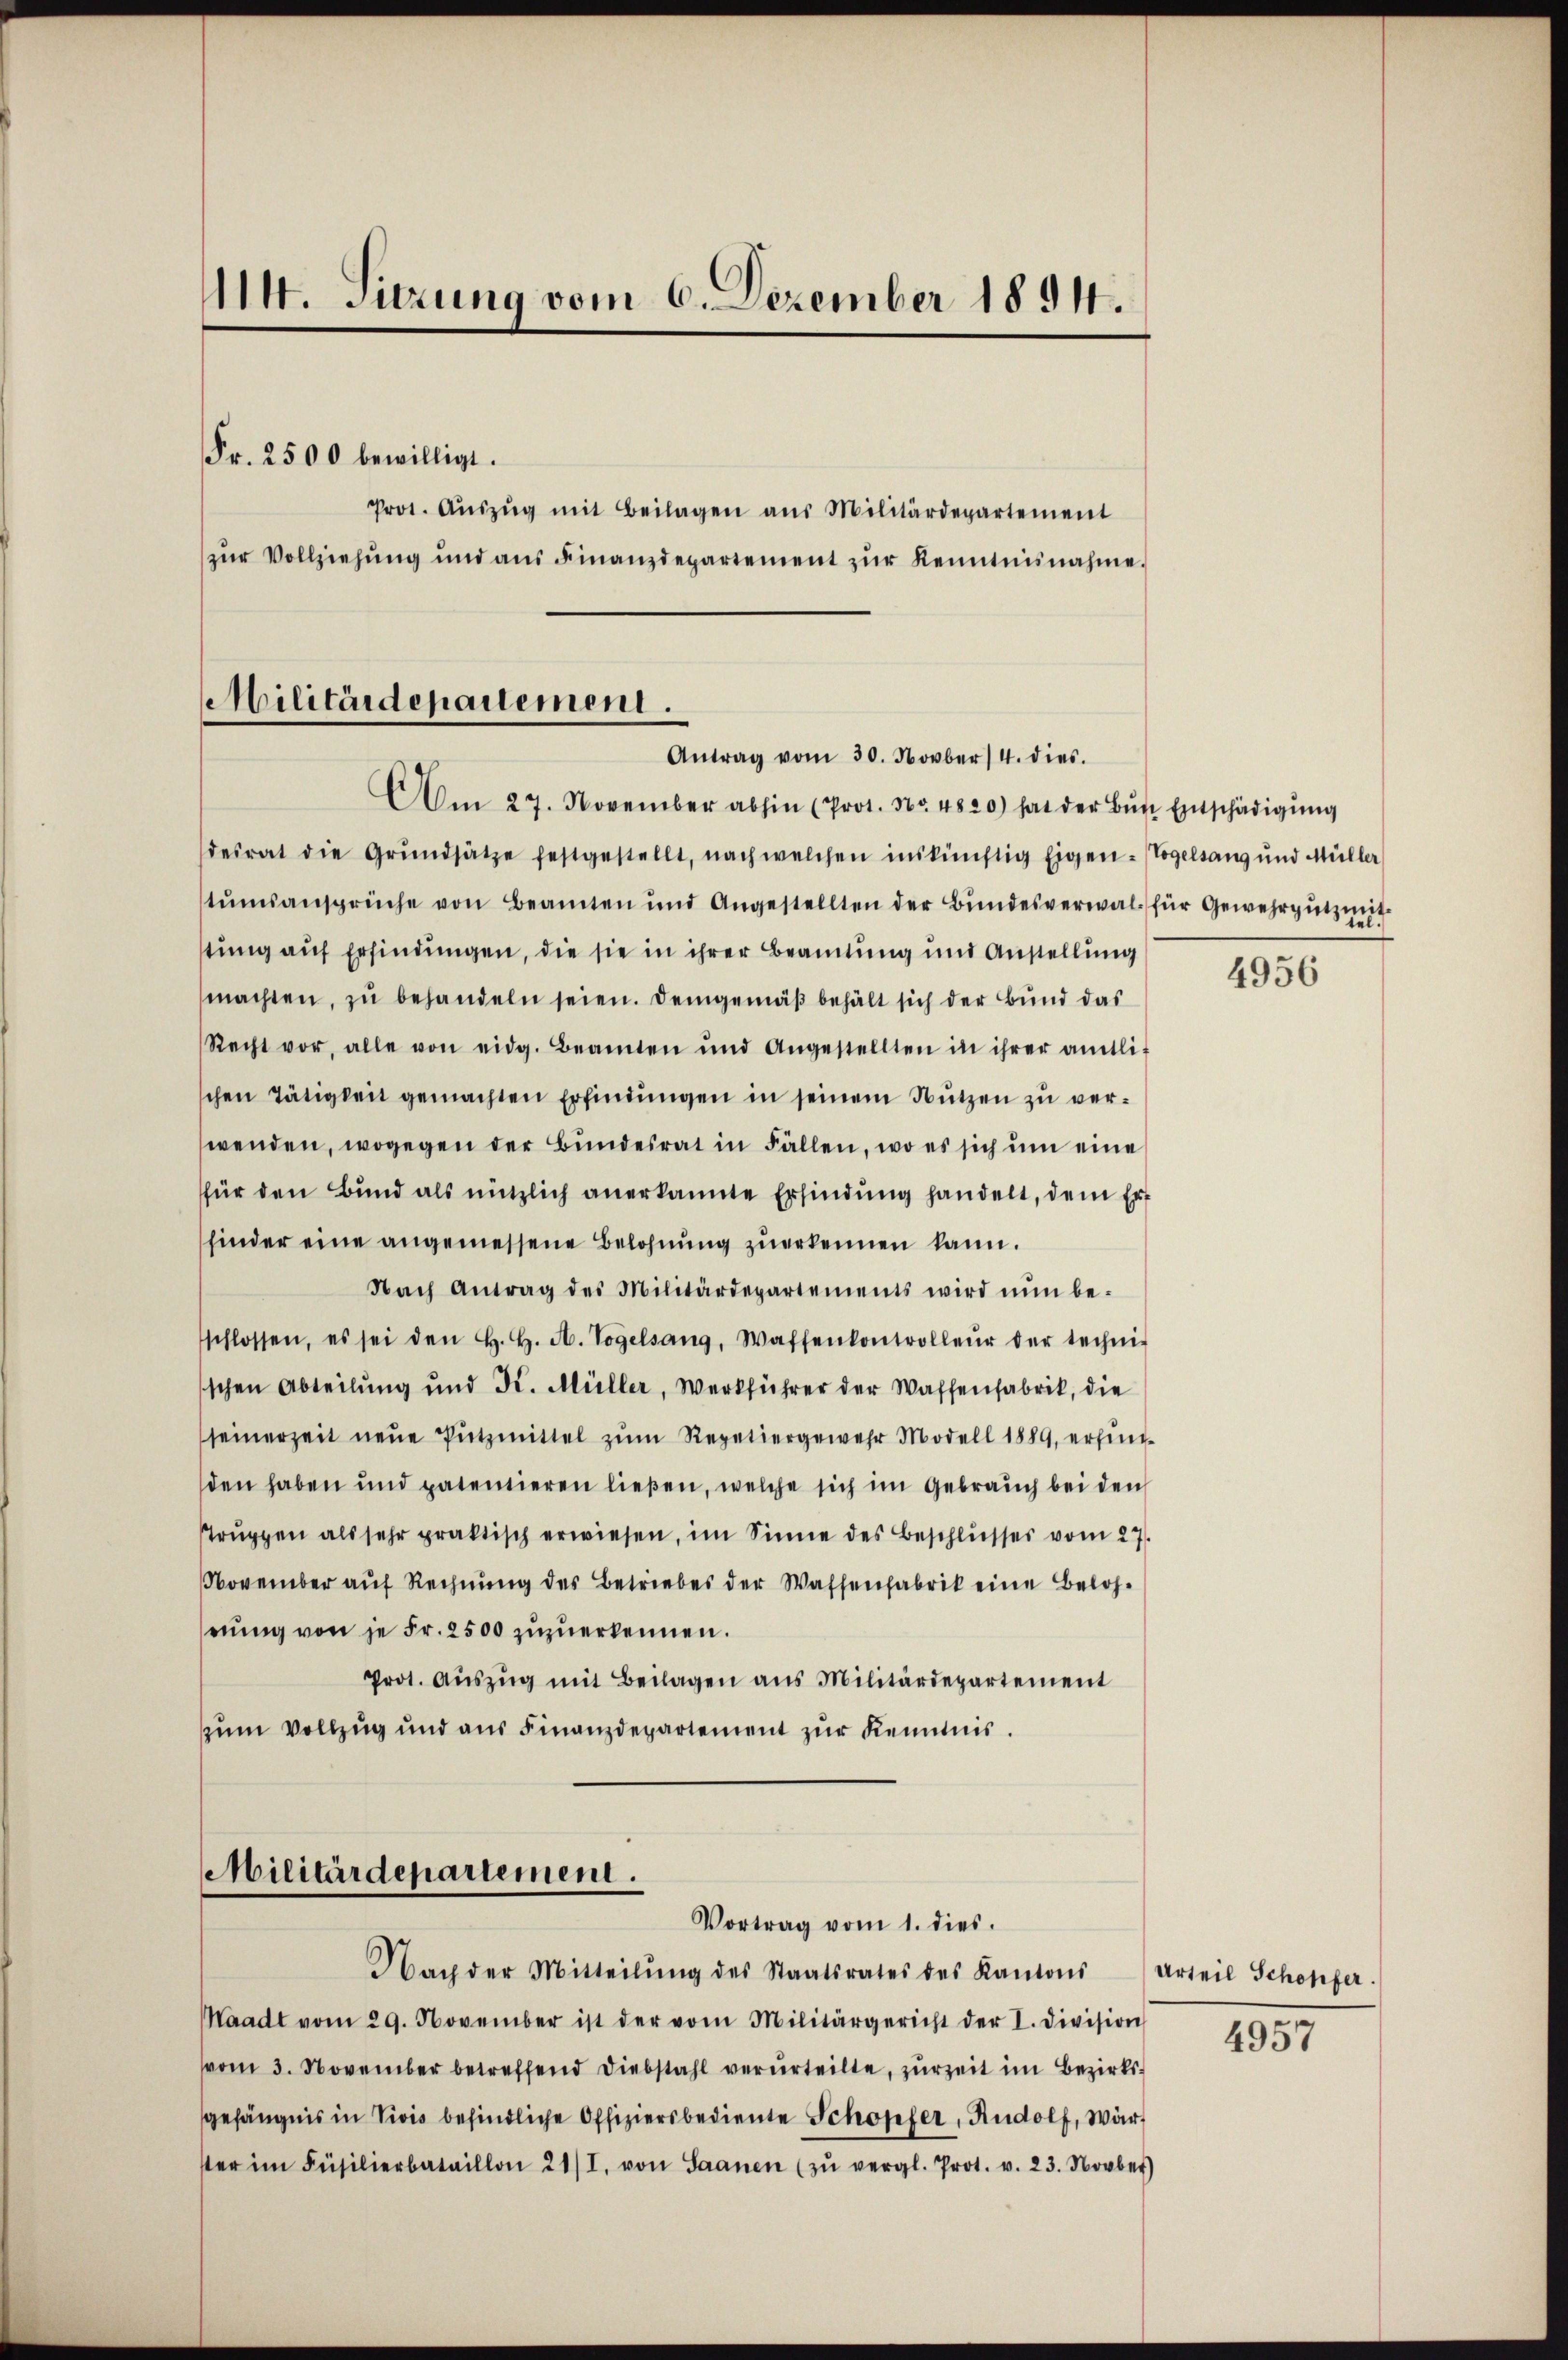
114. Sitzung vom 6. Dezember 1894.
Fr. 2500 bewilligt.
Prot. Aŭszŭg mit Beilagen aus Militärdepartement
zur Vollziehung und aŭs Finanzdepartement zŭr Kenntnisnahme.

Militärdepartement.
Antrag vom 30. Novber 14. dies.

Am 27. November abhin (Prot. Nr. 4820) hat der Bŭβe Entschädigung
desrat die Grŭndsätze festgestellt, nach welchen inskünftig Eigen-Vogelsang und Müller
stŭmsansprüche von Beamten und Angestellten der Bŭndesverwal für Gewehrpŭtzŭng
stung auf Erfindungen, die sie in ihrer Beamtung und Anstellung
machten, zu behandeln seien. Demgemäß behält sich der Bund das
Recht vor, alle von eidg. Beamten und Angestellten in ihrer amtli
schen Tätigkeit gemachten Erfindungen in seinem Nutzen zu verwenden, wogegen der Bundesrat in Fällen, wo es sich um eine
für den Bund als nützlich anerkannte Erfindung handelt, dem Erfinder eine angemessene Belohnung zuerkennen kann.
Nach Antrag des Militärdepartements wird nun be-
schlossen, es sei den H. H. A. Vogelsang, Waffenkontrolleur der techni-
schen Abteilung und K. Müller, Werkführer der Waffenfabrik, die
seinerzeit neue Putzmittel zum Repetiergewehr Modell 1889 erhinden haben und patentieren ließen, welche sich im Gebrauch bei den
rŭppen als sehr praktisch erwiesen, im Sinne des Beschlŭsses vom 27.
November auf Rechnung des Betriebes der Wassenfabrik eine Belohrŭng von je Fr. 2500 zŭzŭerkennen.
Prot. Aŭszŭg mit Beilagen aus Militärdepartement
zum Vollzug und aus Finanzdepartement zur Kenntnis.

Militärdepartement.
Vortrag vom 1. dies.
Nach der Mitteilŭng des Staatsrates des Kantons Urteil Schöpfer.

Waadt vom 29. November ist der vom Militärgericht der I. Division
vom 3. November betreffend Diebstahl verurteilte, zurzeit im Bezirksgefängnis in Vivis befindliche Offiziersbediente Schopfer, Rudolf, Wär
ster im Füsilierbataillon 21/I. von Saanen (zŭ vergl. Prot. v. 23. Novber

4956

4957